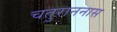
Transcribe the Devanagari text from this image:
चतुराननास